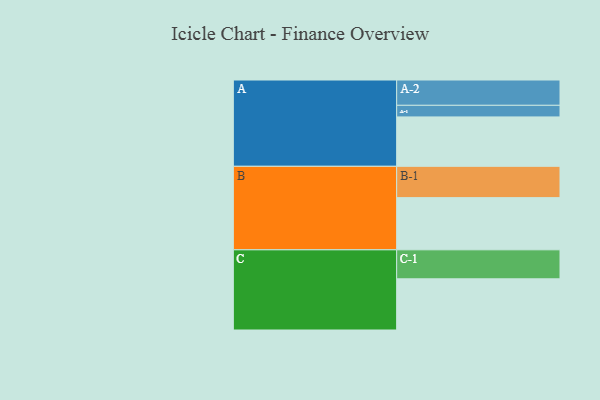
{"axis": {"x": "Segment", "y": "Value"}, "legend": ["", "A", "B", "C"], "data": [{"x": "A", "y": 443, "type": ""}, {"x": "B", "y": 468, "type": ""}, {"x": "C", "y": 459, "type": ""}, {"x": "A-1", "y": 104, "type": "A"}, {"x": "A-2", "y": 227, "type": "A"}, {"x": "B-1", "y": 281, "type": "B"}, {"x": "C-1", "y": 260, "type": "C"}]}